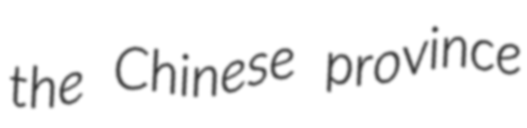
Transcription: the Chinese province